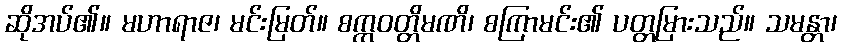
ဆိုအပ်၏။ မဟာရာဇ၊ မင်းမြတ်။ စက္ကဝတ္တိမဏိ၊ စကြာမင်း၏ ပတ္တမြားသည်။ သမန္တာ၊